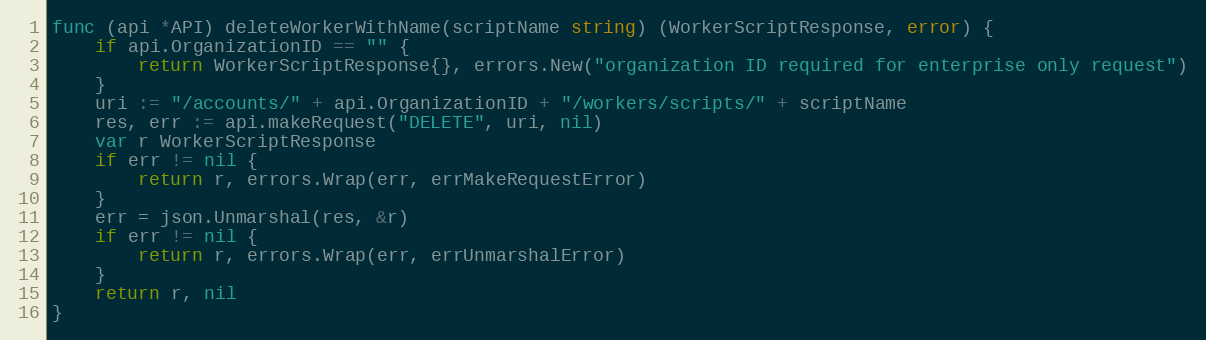
Language: Go
func (api *API) deleteWorkerWithName(scriptName string) (WorkerScriptResponse, error) {
	if api.OrganizationID == "" {
		return WorkerScriptResponse{}, errors.New("organization ID required for enterprise only request")
	}
	uri := "/accounts/" + api.OrganizationID + "/workers/scripts/" + scriptName
	res, err := api.makeRequest("DELETE", uri, nil)
	var r WorkerScriptResponse
	if err != nil {
		return r, errors.Wrap(err, errMakeRequestError)
	}
	err = json.Unmarshal(res, &r)
	if err != nil {
		return r, errors.Wrap(err, errUnmarshalError)
	}
	return r, nil
}